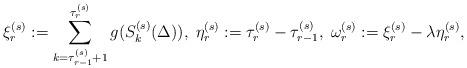
LaTeX: \begin{align*}\xi_r^{{(s)}} := \sum_{k=\tau_{r-1}^{{(s)}}+1}^{\tau_r^{{(s)}}}g(S_k^{(s)}(\Delta)),\;\eta_r^{{(s)}} := \tau_r^{{(s)}}-\tau_{r-1}^{{(s)}},\;\omega_r^{{(s)}} :=\xi_r^{{(s)}}-\lambda\eta_r^{{(s)}},\end{align*}